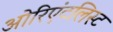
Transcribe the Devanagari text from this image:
ओरिएंटलिस्ट